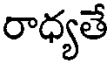
రాధ్యతే